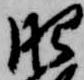
肥